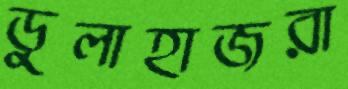
ডুলাহাজরা